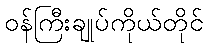
ဝန်ကြီးချုပ်ကိုယ်တိုင်